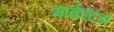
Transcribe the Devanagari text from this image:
मार्कटिंग